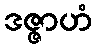
ဒဇ္ဇာဟံ